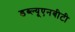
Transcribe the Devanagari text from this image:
डब्ल्यूएनबीटी